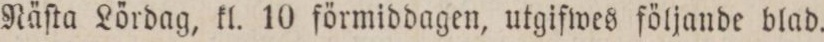
Näſta Lördag, kl. 10 förmiddagen, utgifwes följande blad.